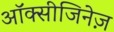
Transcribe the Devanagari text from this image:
ऑक्सीजिनेज़